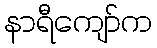
နာရီကျော်က